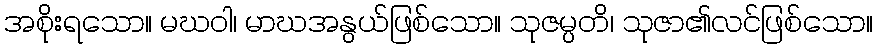
အစိုးရသော။ မဃဝါ၊ မာဃအနွယ်ဖြစ်သော။ သုဇမ္ပတိ၊ သုဇာ၏လင်ဖြစ်သော။